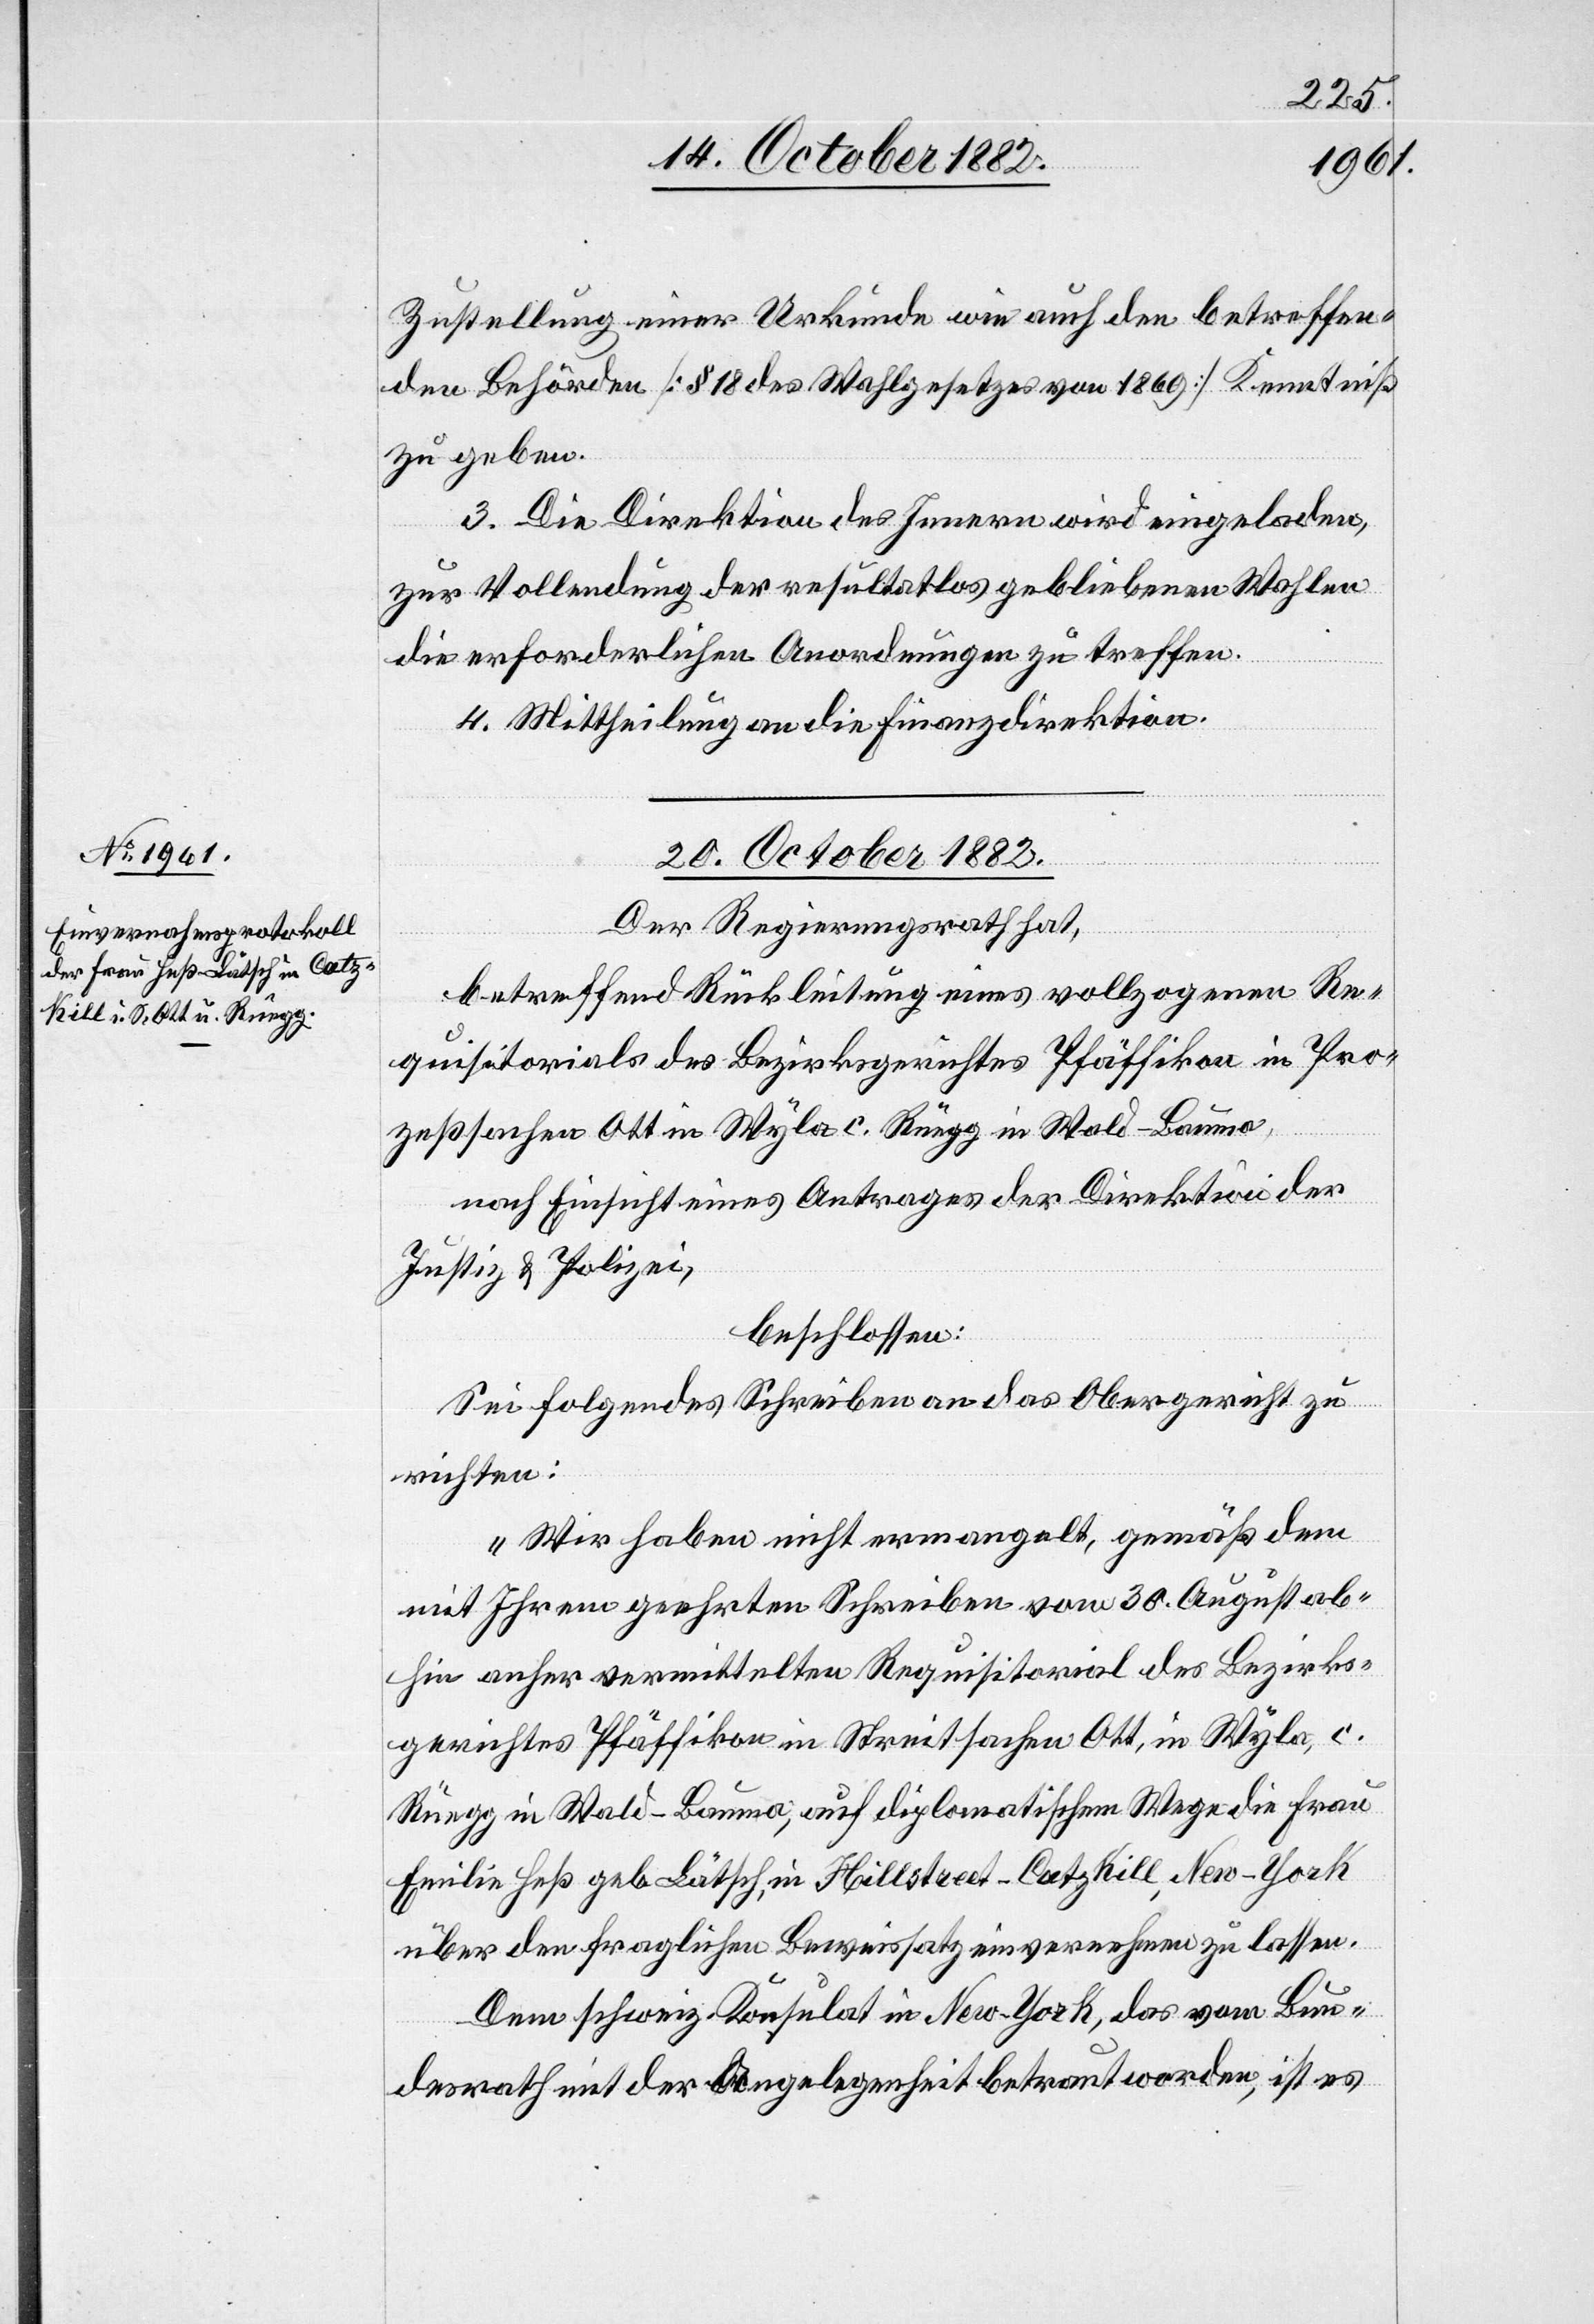
Zustellung einer Urkunde wie auch den betreffen¬
den Behörden [§ 18 des Wahlgesetzes von 1869] Kenntniß
zu geben.
3. Die Direktion des Innern wird eingeladen,
zur Vollendung der resultatlos gebliebenen Wahlen
die erforderlichen Anordnungen zu treffen.
4. Mittheilung an die Finanzdirektion.
20. October 1882.
Der Regierungsrath hat,
betreffend Rückleitung eines vollzogenen Re¬
quisitorials des Bezirksgerichtes Pfäffikon in Pro¬
zeßsachen Ott in Wyla c. Rüegg in Wald - Bauma,
nach Einsicht eines Antrages der Direktion der
Justiz & Polizei,
beschlossen:
Sei folgendes Schreiben an das Obergericht zu
richten:
„Wir haben nicht ermangelt, gemäß dem
mit Ihrem geehrten Schreiben vom 30. August ab¬
hin anher vermittelten Requisitorial des Bezirks¬
gerichtes Pfäffikon in Streitsachen Ott, in Wyla, c.
Rüegg in Wald - Bauma, auf diplomatischem Wege die Frau
Emilie Heß geb. Lätsch, in Hillstreet - Catz Kill, New-York
über den fraglichen Beweissatz einvernehmen zu lassen.
Dem schweiz. Konsulat in New-York, das vom Bun¬
desrath mit der Angelegenheit betraut worden, ist es